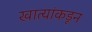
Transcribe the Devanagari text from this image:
खात्यांकडून